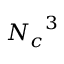
{ { N } _ { c } } ^ { 3 }